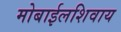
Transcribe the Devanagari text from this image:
मोबाईलशिवाय